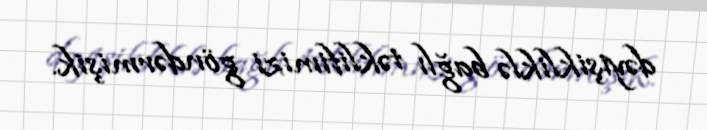
dəyişikliklə bağlı təklifimizi göndərmişik.